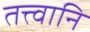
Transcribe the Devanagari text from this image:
तत्त्वानि